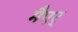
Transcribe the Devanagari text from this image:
मैएर्